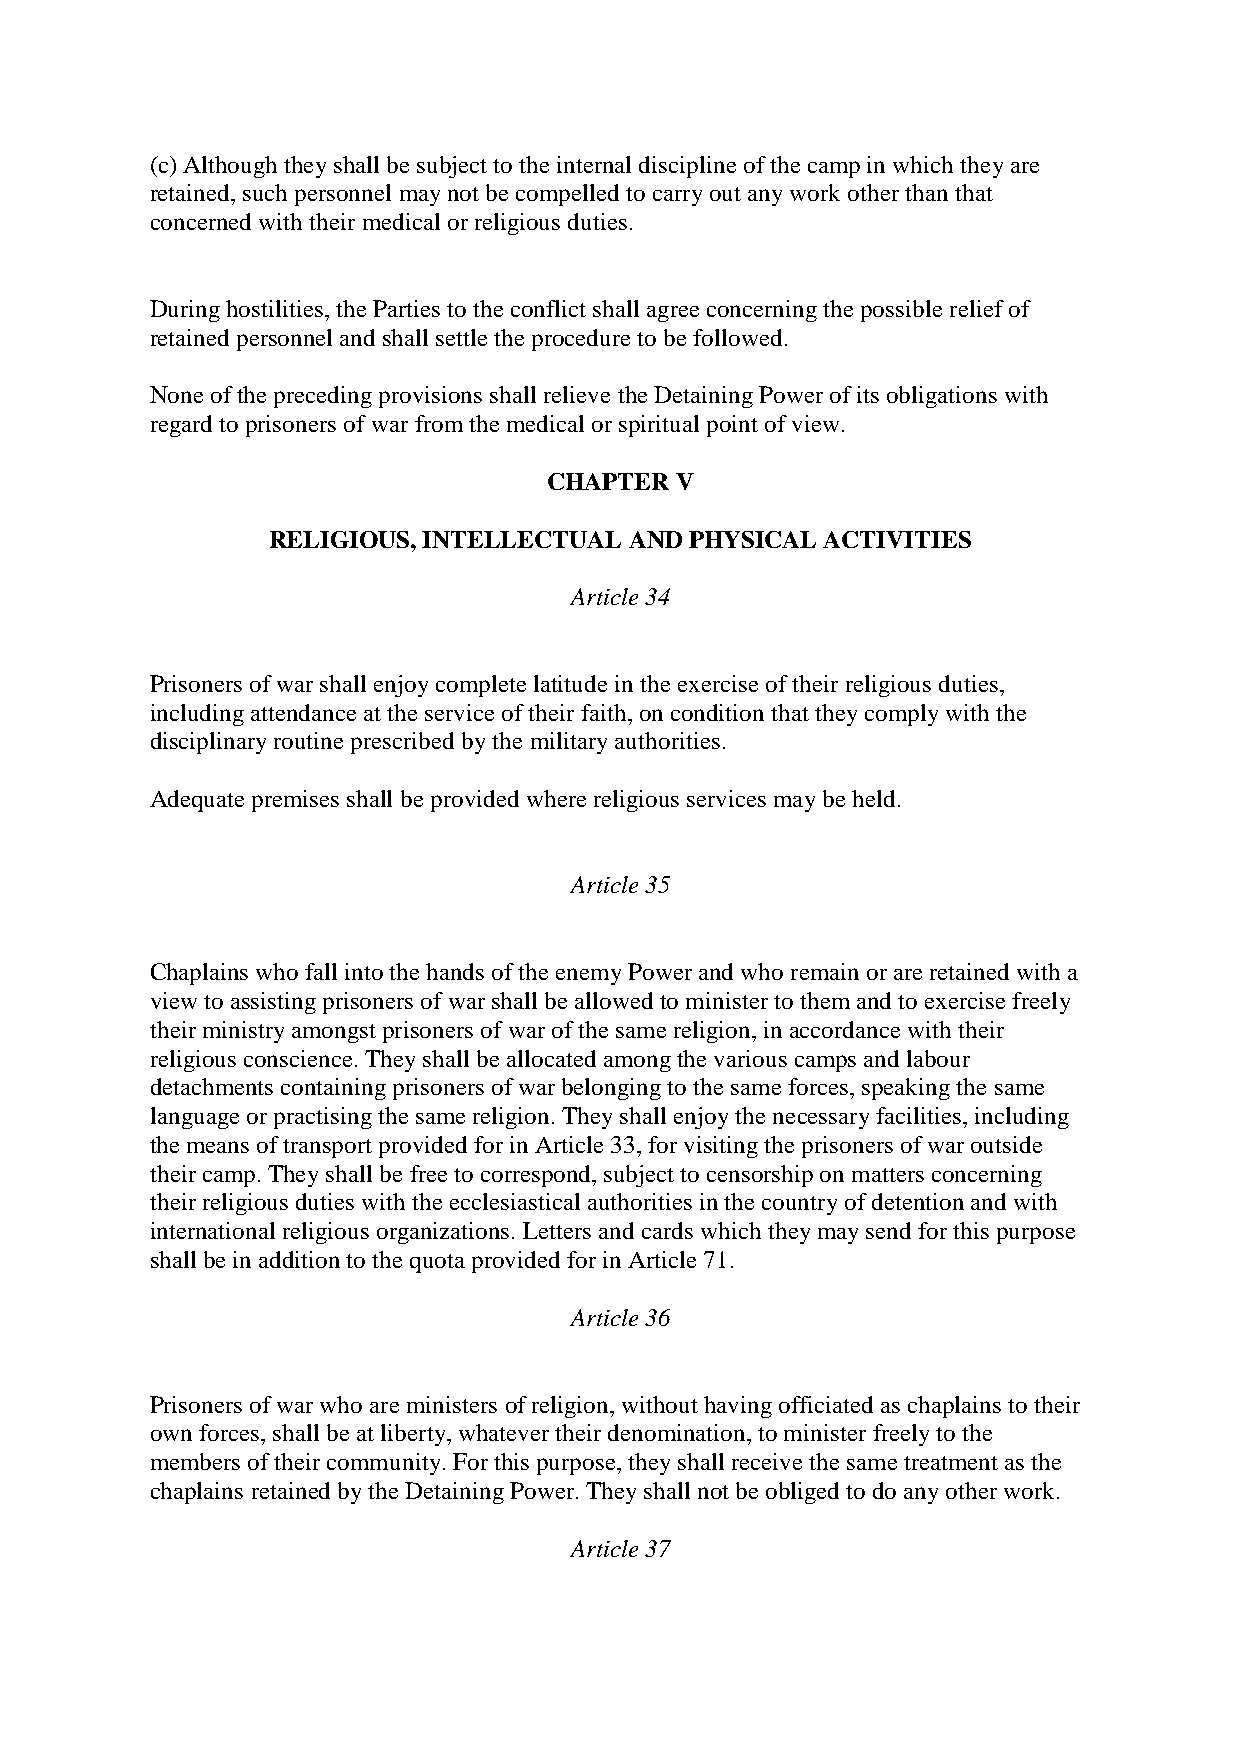
(c) Although they shall be subject to the internal discipline of the camp in which they are
 retained, such personnel may not be compelled to carry out any work other than that
 concerned with their medical or religious duties.
 During hostilities, the Parties to the conflict shall agree concerning the possible relief of
 retained personnel and shall settle the procedure to be followed.
 None of the preceding provisions shall relieve the Detaining Power of its obligations with
 regard to prisoners of war from the medical or spiritual point of view.
 CHAPTER  V
 RELIGIOUS, INTELLECTUAL AND PHYSICAL ACTIVITIES
 Article 34
 Prisoners of war shall enjoy complete latitude in the exercise of their religious duties,
 including attendance at the service of their faith, on condition that they comply with the
 disciplinary routine prescribed by the military authorities.
 Adequate premises shall be provided where religious services may be held.
 Article 35
 Chaplains who fall into the hands of the enemy Power and who remain or are retained with a
 view to assisting prisoners of war shall be allowed to minister to them and to exercise freely
 their ministry amongst prisoners of war of the same religion, in accordance with their
 religious conscience. They shall be allocated among the various camps and labour
 detachments containing prisoners of war belonging to the same forces, speaking the same
 language or practising the same religion. They shall enjoy the necessary facilities, including
 the means of transport provided for in Article 33, for visiting the prisoners of war outside
 their camp. They shall be free to correspond, subject to censorship on matters concerning
 their religious duties with the ecclesiastical authorities in the country of detention and with
 international religious organizations. Letters and cards which they may send for this purpose
 shall be in addition to the quota provided for in Article 71.
 Article 36
 Prisoners of war who are ministers of religion, without having officiated as chaplains to their
 own forces, shall be at liberty, whatever their denomination, to minister freely to the
 members of their community. For this purpose, they shall receive the same treatment as the
 chaplains retained by the Detaining Power. They shall not be obliged to do any other work.
 Article 37